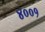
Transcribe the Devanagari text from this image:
४००१